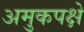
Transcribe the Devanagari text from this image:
अमुकपक्षे